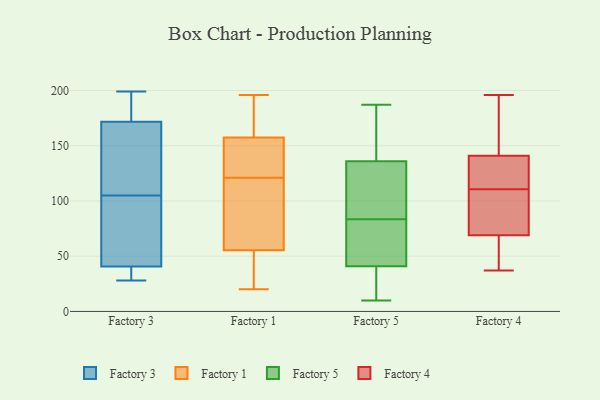
{"axis": {"x": "Bounce Rate (%)", "y": "Value"}, "legend": ["Factory 1", "Factory 3", "Factory 4", "Factory 5"], "data": [{"x": "", "y": 28, "type": "Factory 3"}, {"x": "", "y": 199, "type": "Factory 3"}, {"x": "", "y": 177, "type": "Factory 3"}, {"x": "", "y": 130, "type": "Factory 3"}, {"x": "", "y": 105, "type": "Factory 3"}, {"x": "", "y": 170, "type": "Factory 3"}, {"x": "", "y": 117, "type": "Factory 3"}, {"x": "", "y": 43, "type": "Factory 3"}, {"x": "", "y": 149, "type": "Factory 3"}, {"x": "", "y": 54, "type": "Factory 3"}, {"x": "", "y": 31, "type": "Factory 3"}, {"x": "", "y": 199, "type": "Factory 3"}, {"x": "", "y": 30, "type": "Factory 3"}, {"x": "", "y": 192, "type": "Factory 3"}, {"x": "", "y": 70, "type": "Factory 3"}, {"x": "", "y": 97, "type": "Factory 3"}, {"x": "", "y": 34, "type": "Factory 3"}, {"x": "", "y": 51, "type": "Factory 1"}, {"x": "", "y": 36, "type": "Factory 1"}, {"x": "", "y": 132, "type": "Factory 1"}, {"x": "", "y": 20, "type": "Factory 1"}, {"x": "", "y": 69, "type": "Factory 1"}, {"x": "", "y": 119, "type": "Factory 1"}, {"x": "", "y": 196, "type": "Factory 1"}, {"x": "", "y": 166, "type": "Factory 1"}, {"x": "", "y": 170, "type": "Factory 1"}, {"x": "", "y": 123, "type": "Factory 1"}, {"x": "", "y": 121, "type": "Factory 1"}, {"x": "", "y": 10, "type": "Factory 5"}, {"x": "", "y": 46, "type": "Factory 5"}, {"x": "", "y": 28, "type": "Factory 5"}, {"x": "", "y": 55, "type": "Factory 5"}, {"x": "", "y": 133, "type": "Factory 5"}, {"x": "", "y": 111, "type": "Factory 5"}, {"x": "", "y": 47, "type": "Factory 5"}, {"x": "", "y": 79, "type": "Factory 5"}, {"x": "", "y": 136, "type": "Factory 5"}, {"x": "", "y": 160, "type": "Factory 5"}, {"x": "", "y": 41, "type": "Factory 5"}, {"x": "", "y": 182, "type": "Factory 5"}, {"x": "", "y": 158, "type": "Factory 5"}, {"x": "", "y": 21, "type": "Factory 5"}, {"x": "", "y": 88, "type": "Factory 5"}, {"x": "", "y": 95, "type": "Factory 5"}, {"x": "", "y": 33, "type": "Factory 5"}, {"x": "", "y": 187, "type": "Factory 5"}, {"x": "", "y": 149, "type": "Factory 4"}, {"x": "", "y": 106, "type": "Factory 4"}, {"x": "", "y": 51, "type": "Factory 4"}, {"x": "", "y": 196, "type": "Factory 4"}, {"x": "", "y": 47, "type": "Factory 4"}, {"x": "", "y": 100, "type": "Factory 4"}, {"x": "", "y": 69, "type": "Factory 4"}, {"x": "", "y": 126, "type": "Factory 4"}, {"x": "", "y": 106, "type": "Factory 4"}, {"x": "", "y": 72, "type": "Factory 4"}, {"x": "", "y": 48, "type": "Factory 4"}, {"x": "", "y": 132, "type": "Factory 4"}, {"x": "", "y": 134, "type": "Factory 4"}, {"x": "", "y": 150, "type": "Factory 4"}, {"x": "", "y": 158, "type": "Factory 4"}, {"x": "", "y": 37, "type": "Factory 4"}, {"x": "", "y": 115, "type": "Factory 4"}, {"x": "", "y": 141, "type": "Factory 4"}]}